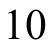
\(10\)